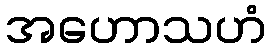
အဟောသဟံ